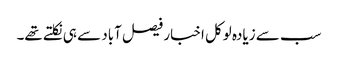
سب سے زیادہ لوکل اخبار فیصل آباد سے ہی نکلتے تھے۔